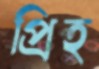
প্রিহ